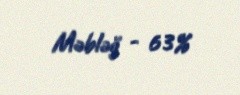
Məbləğ - 63%